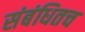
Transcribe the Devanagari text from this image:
संबंधितच